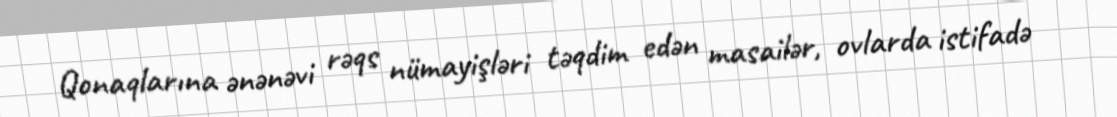
Qonaqlarına ənənəvi rəqs nümayişləri təqdim edən masailər, ovlarda istifadə